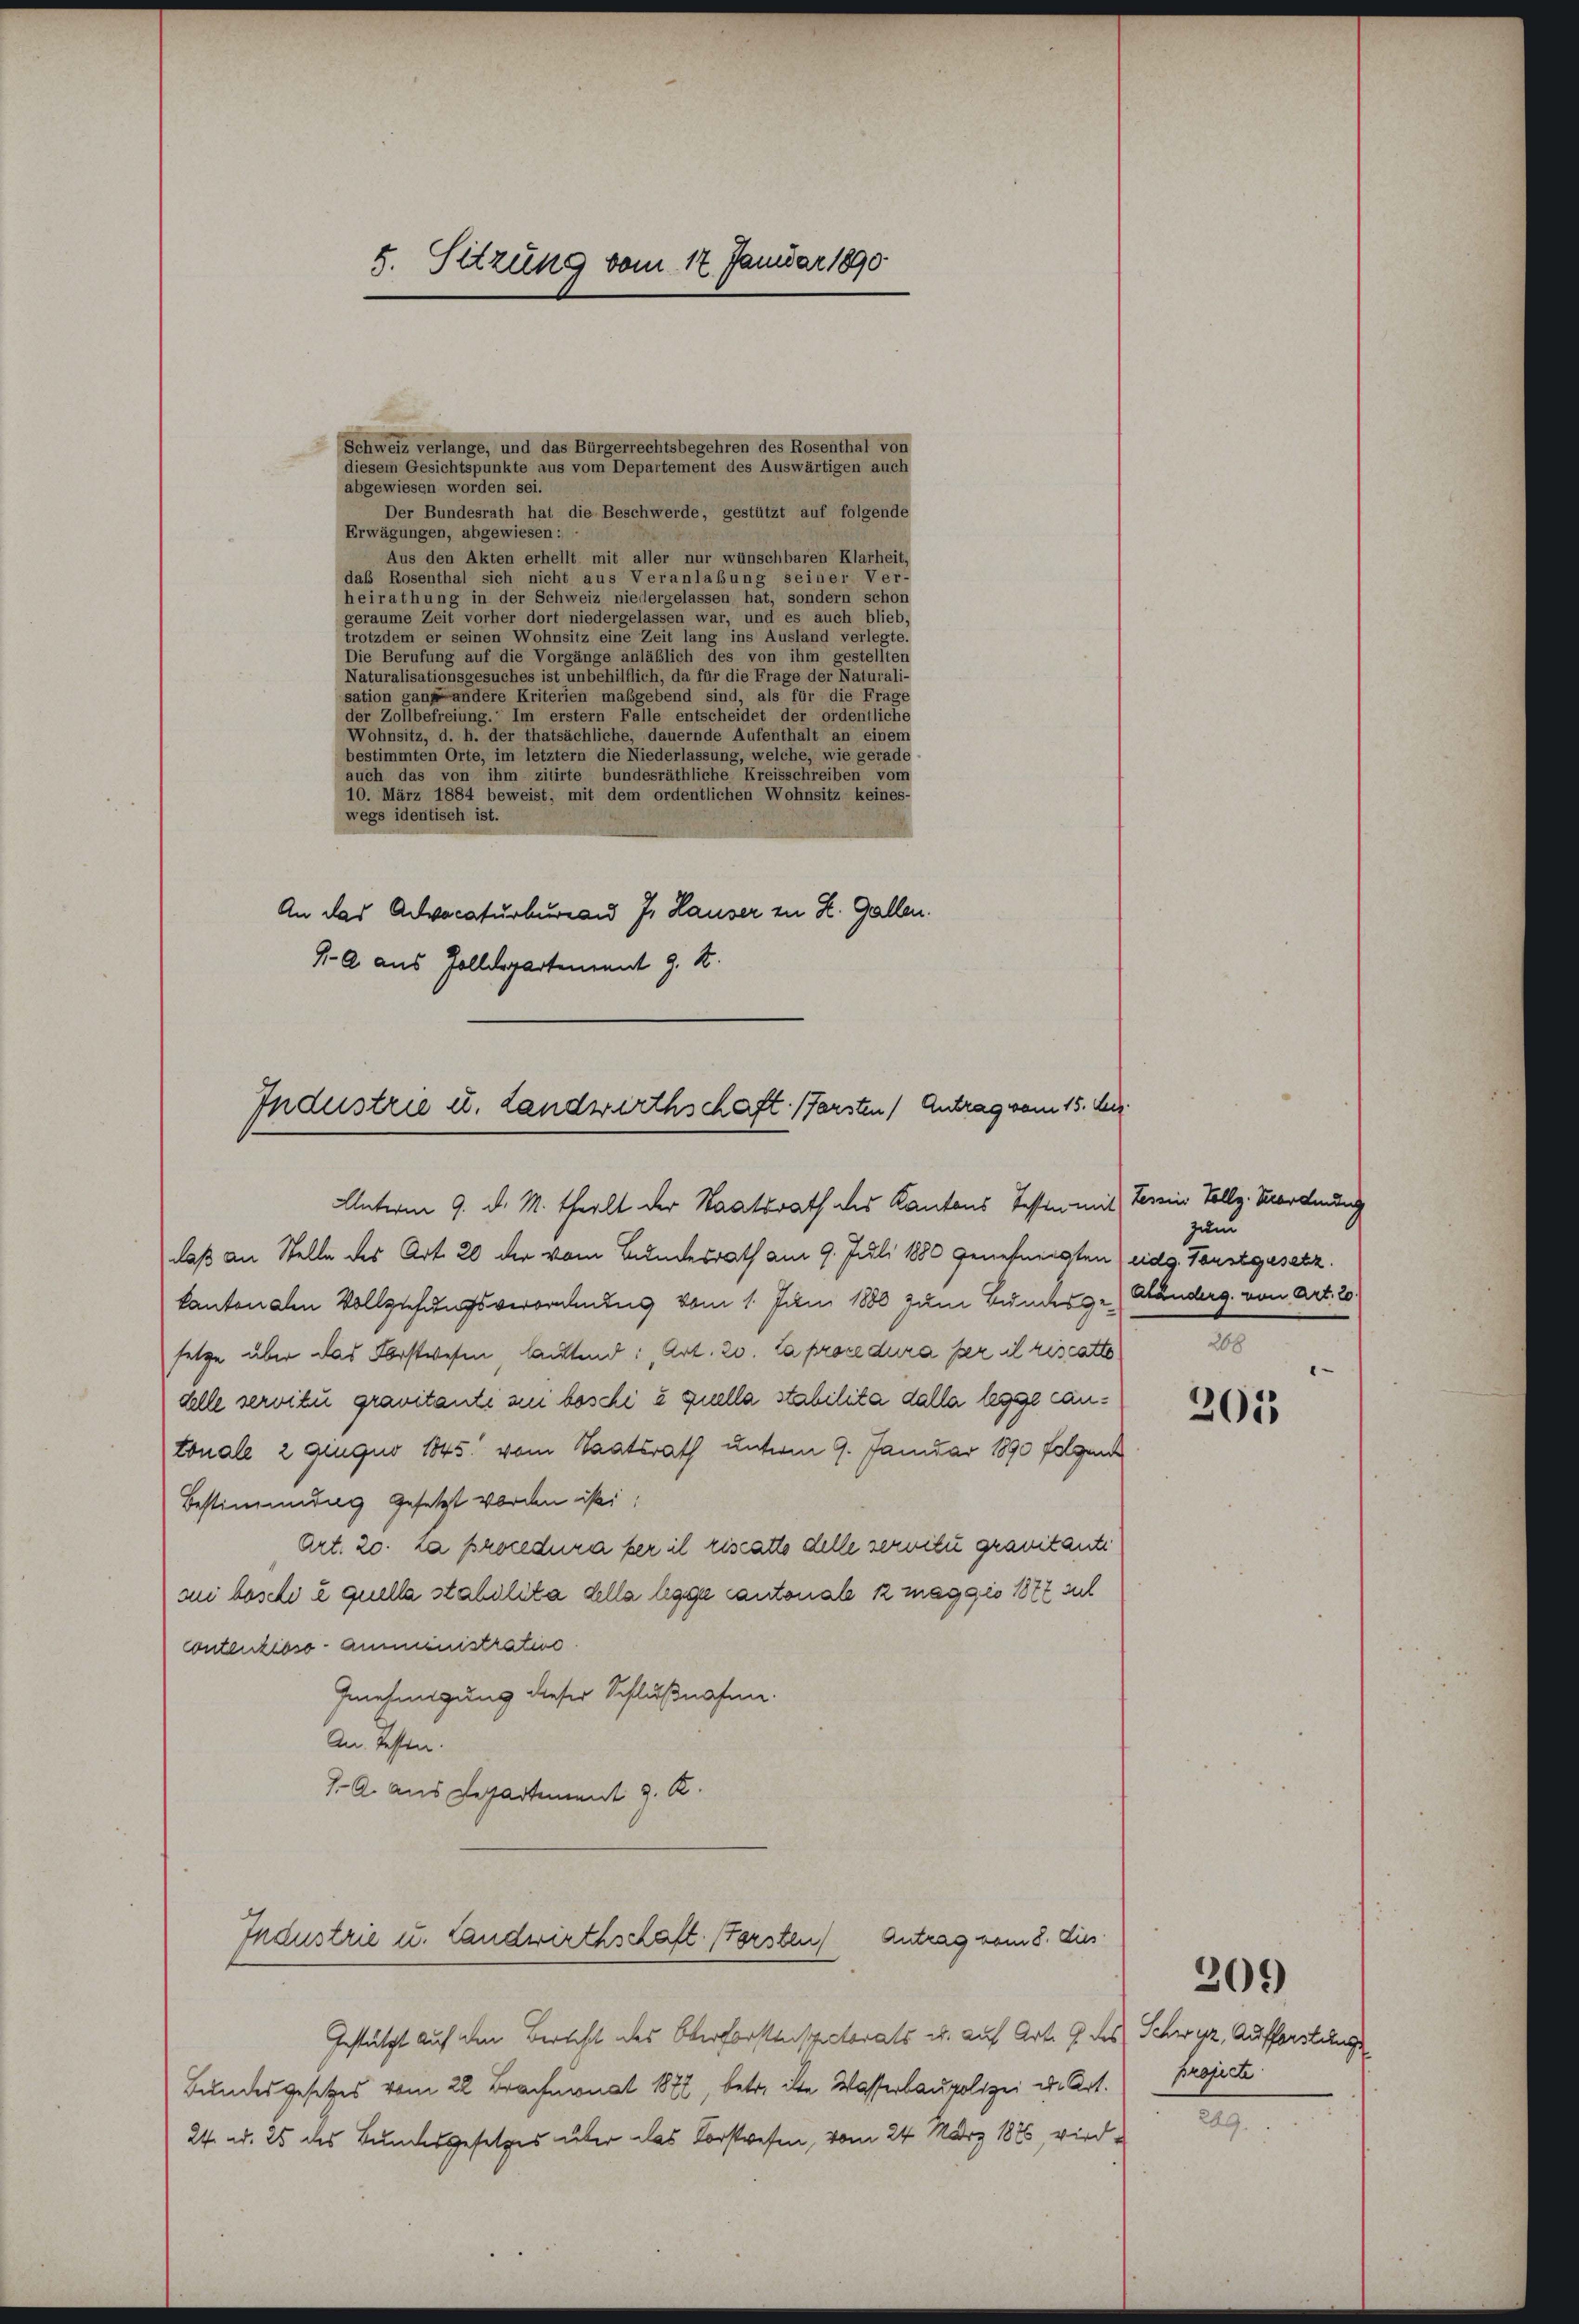
5. Sitzung vom 17. Januar 1890

Schweiz verlange, und das Bürgerrechtsbegehren des Rosenthal von
diesem Gesichtspunkte aus vom Departement des Auswärtigen auch
abgewiesen worden sei.
Der Bundesrath hat die Beschwerde, gestützt auf folgende
Erwägungen, abgewiesen:
Aus den Akten erhellt mit aller nur wünschbaren Klarheit,
das Rosenthal sich nicht aus Veranlaßung seiner Ver-
heirathung in der Schweiz niedergelassen hat, sondern schon
geraume Zeit vorher dort niedergelassen war, und es auch blieb,
trotzdem er seinen Wohnsitz eine Zeit lang ins Ausland verlegte.
Die Berufung auf die Vorgänge anläßlich des von ihm gestellten
Naturalisationsgesuches ist unbehilflich, da für die Frage der Naturali-
sation ganz andere Kriterien maßgebend sind, als für die Frage
der Zollbefreiung.“ Im erster der alle entscheidet der ordentliche
Wohnsitz, d. h. der thatsächliche, dauernde Aufenthalt an einem
bestimmten Orte, im letztem die Niederlassung, welche, wie gerade
auch das von ihm zitirte bundesräthliche Kreisschreiben vom
10. März 1884 beweist, mit dem ordentlichen Wohnsitz keines-
wegs identisch ist.
J. Hauser in Z. Gallen.
An das Advocaturburg au
SA aus Zolldepartement J. R.

Industrie u. Landwirthschaft. (Farsten Antrag vom 15. Jur.

Unterm 9. d. M. theilt der Staatsrath des Kantons Testen mit Termine Vollz. Mordendung
daß an Stelle des Art. 20 der vom Bundesrath am 9. Juli 1880 genehmigten (eidg. Forstgesetz.
kantonalen Vollziehungsverordnung vom 1. Juni 1880 zum Bundesgesetze über das Forstwesen lautend: „Art. 20. La procedura per il riscatto
delle servitu gravitanti zu beschi à quella stabilita dalla legge Cantonale 2 Einquo 1845. vom Staatsrath unterm 9. Januar 1890 folgende
Bestimmung gesetzt worden ist,
Art. 20. La procedura ker il riscatto delle servitu granitante
sui besche e quella stabilita della legge Cantonale 2 maggio 1877 Jul
Contenzioso - amministration.
Genehmigung dieser Schlußnahme.
An Resten.
7. A. aus Departement J. R.
Industrie u. Landwirthschaft forsten) Antrag vom 8. dies
Gestützt auf den Berecht des Oberforstenspectorats u. auf Art. 9 des Schwyz, Aufforstungs
Bundesgesetzes vom 22 Brachmonat 1882, betr. ihre Wasserbaupolizei der Art.
24. ad. 25 des Bundesgesetzes über das Vorstwesen, vom 24. März 1875, wird

zum
Händerg. von Art. 20.
268
1

2013

209)

project

206.